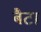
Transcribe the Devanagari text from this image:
बैटा